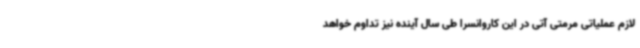
لازم عملیاتی مرمتی آتی در این کاروانسرا طی سال آینده نیز تداوم خواهد